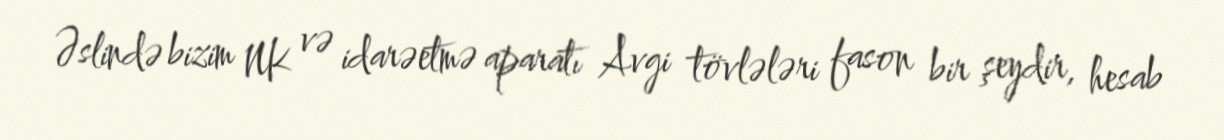
Əslində bizim NK və idarəetmə aparatı Avgi tövlələri fason bir şeydir, hesab